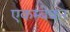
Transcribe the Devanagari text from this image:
एकम्बेकर